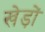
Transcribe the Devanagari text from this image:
खेड़ों